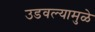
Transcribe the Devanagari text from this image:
उडवल्यामुळे